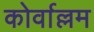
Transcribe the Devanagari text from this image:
कोर्वाल्लम